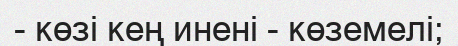
- көзі кең инені - көземелі;